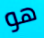
هو